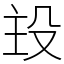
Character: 殶